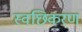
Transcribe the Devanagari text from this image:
स्वछिकरण